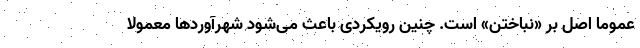
عموماً اصل بر «نباختن» است. چنین رویکردی باعث می‌شود شهرآوردها معمولاً